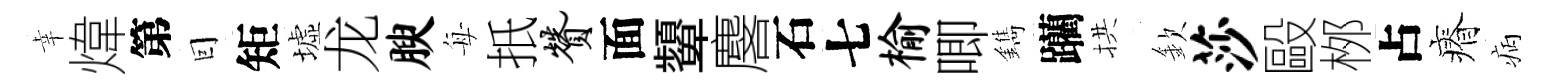
幸煒第囙矩墟龙腴每扺赞面顰麐石七榆唧鐫躪拱欽莎毆桞占瘠病